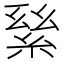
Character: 𦀣